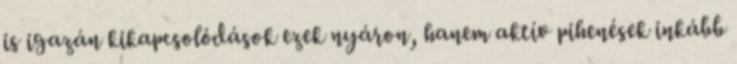
is igazán kikapcsolódások ezek nyáron, hanem aktív pihenések inkább